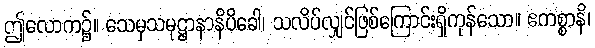
ဤလောက၌။ သေမှသမုဋ္ဌာနာနိပိခေါ၊ သလိပ်လျှင်ဖြစ်ကြောင်းရှိကုန်သော။ ဧကစ္စာနိ၊